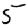
Digit: 5